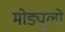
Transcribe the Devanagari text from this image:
मोड्युलो